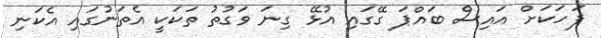
ފަހަކަށް އައިސް ބައްޕަ ގޭގައި އުޅޭ ގިނަ ވަގުތު ތަކަކީ އެތަނުގައި އެކަނި